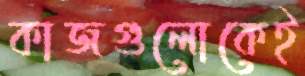
কাজগুলোকেই